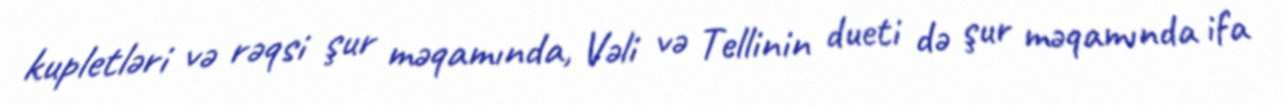
kupletləri və rəqsi şur məqamında, Vəli və Tellinin dueti də şur məqamında ifa